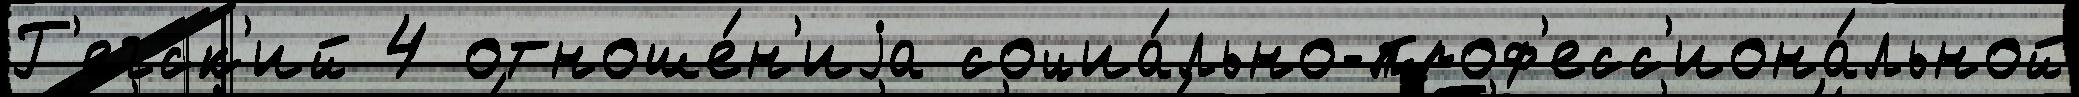
Г'егск'ий 4 отноше́н'иjа социа́льно-проф'есс'иона́льной